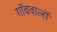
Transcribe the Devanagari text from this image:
गॉववालों